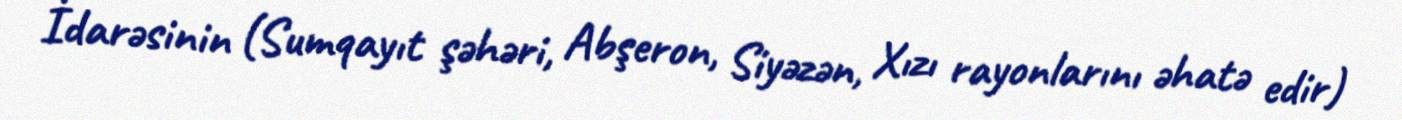
İdarəsinin (Sumqayıt şəhəri, Abşeron, Siyəzən, Xızı rayonlarını əhatə edir)